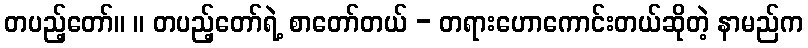
တပည့်တော်။ ။ တပည့်တော်ရဲ့ စာတော်တယ် - တရားဟောကောင်းတယ်ဆိုတဲ့ နာမည်က